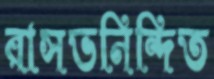
রাসভনিন্দিত